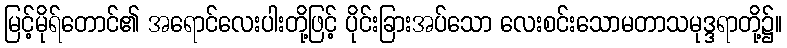
မြင့်မိုရ်တောင်၏ အရောင်လေးပါးတို့ဖြင့် ပိုင်းခြားအပ်သော လေးစင်းသောမတာသမုဒ္ဒရာတို့၌။